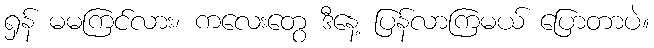
ရှန် မမကြင်လား၊ ကလေးတွေ ဒီနေ့ ပြန်လာကြမယ် ပြောတာပဲ။